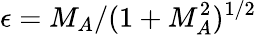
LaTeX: \epsilon=M_{A}/(1+M_{A}^{2})^{1/2}